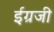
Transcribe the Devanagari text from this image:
ईग्रजी